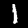
Digit: 1